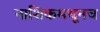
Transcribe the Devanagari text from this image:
नाशिकमधूनच